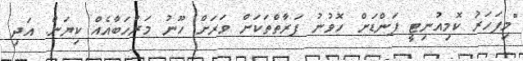
"މިފަހަރު ކޮމިއުނިޓީ ފަންޑަށް ހޮވުނު ފަރާތްތަކަށް ވަރަށް ހޫނު މަރުހަބާއެއް ކިޔަން. އަދި